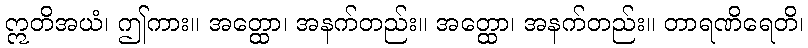
ဣတိအယံ၊ ဤကား။ အတ္ထော၊ အနက်တည်း။ အတ္ထော၊ အနက်တည်း။ တာရဏိရေတိ၊